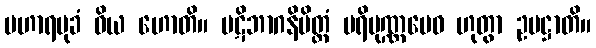
ပဟာရမုခံ ဝိယ ဟောတိ။ ပဋိဘာဂနိမိတ္တံ ပရိပုဏ္ဏမေဝ ဟုတွာ ဥပဋ္ဌာတိ။